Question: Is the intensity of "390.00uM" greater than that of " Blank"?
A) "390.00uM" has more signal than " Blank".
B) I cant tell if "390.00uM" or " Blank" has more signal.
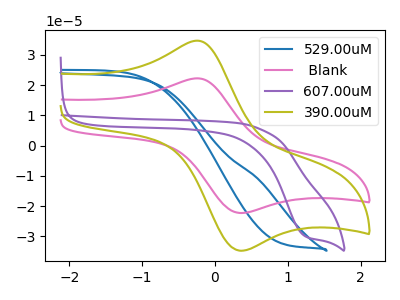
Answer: <think>The blue curve "529.00uM" has no peaks. The pink curve " Blank" has an anodic peak at (-0.25V, 22.20uA) and a cathodic peak at (0.35V, -22.25uA). The purple curve "607.00uM" has a cathodic peak at: (1.25V, -29.75uA). The olive curve "390.00uM" has an anodic peak at (-0.25V, 34.65uA) and a cathodic peak at (0.35V, -34.70uA).
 All the peaks in "390.00uM" have a peak in " Blank" at the same potential. Every peak in "390.00uM" is higher than every peak in " Blank".</think>
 <answer>A) "390.00uM" has more signal than " Blank".</answer>
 <eval>A</eval>